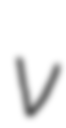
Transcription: v